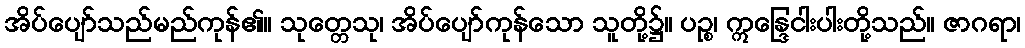
အိပ်ပျော်သည်မည်ကုန်၏။ သုတ္တေသု၊ အိပ်ပျော်ကုန်သော သူတို့၌။ ပဉ္စ၊ ဣန္ဒြေငါးပါးတို့သည်။ ဇာဂရာ၊